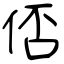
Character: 俖